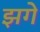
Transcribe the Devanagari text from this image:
झगे